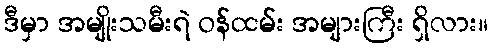
ဒီမှာ အမျိုးသမီးရဲ ဝန်ထမ်း အများကြီး ရှိလား။